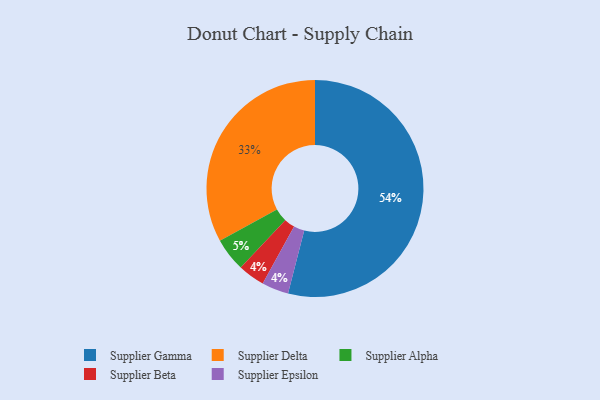
{"axis": {"x": "Category", "y": "Percentage"}, "legend": ["Supplier Alpha", "Supplier Beta", "Supplier Delta", "Supplier Epsilon", "Supplier Gamma"], "data": [{"x": "Supplier Delta", "y": 33, "type": "Supplier Delta"}, {"x": "Supplier Beta", "y": 4, "type": "Supplier Beta"}, {"x": "Supplier Alpha", "y": 5, "type": "Supplier Alpha"}, {"x": "Supplier Epsilon", "y": 4, "type": "Supplier Epsilon"}, {"x": "Supplier Gamma", "y": 54, "type": "Supplier Gamma"}]}